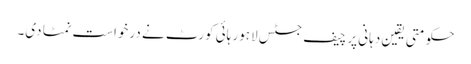
حکومتی یقین دہانی پر چیف جسٹس لاہور ہائی کورٹ نے درخواست نمٹا دی۔